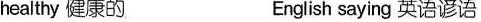
healthy 健康的 English saying 英语谚语